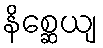
နိစ္ဆေယျ